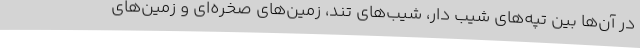
در آن‌ها بین تپه‌های شیب دار، شیب‌های تند، زمین‌های صخره‌ای و زمین‌های